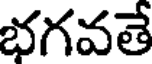
భగవతే